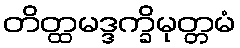
တိတ္ထမဒ္ဒက္ခိမုတ္တမံ